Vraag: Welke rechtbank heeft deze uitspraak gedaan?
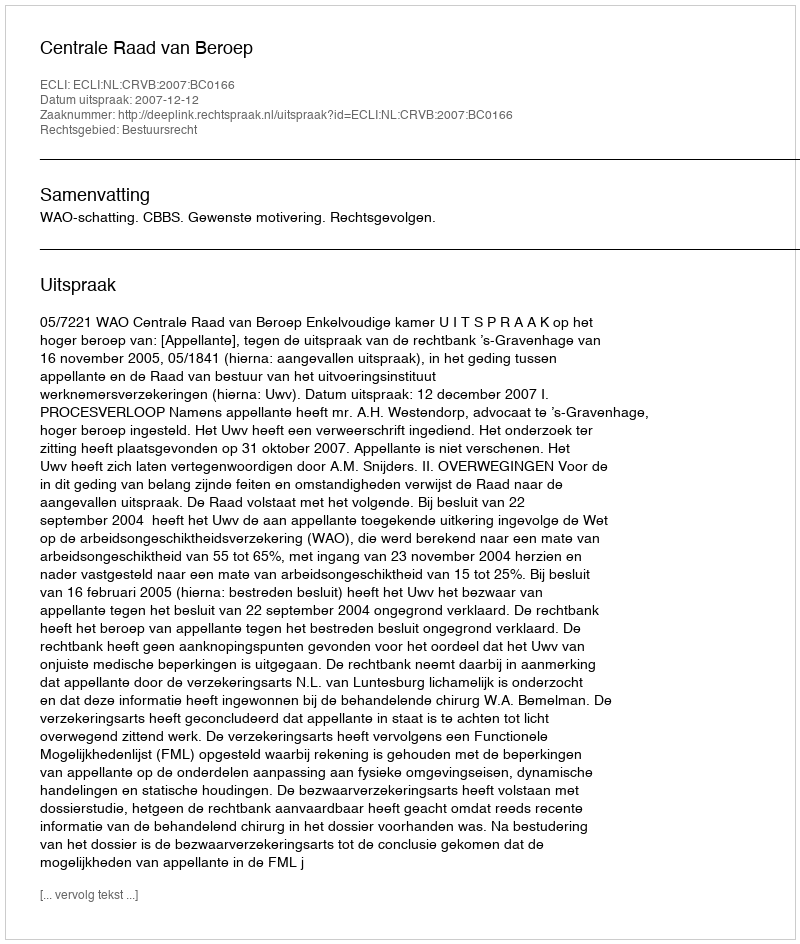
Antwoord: Centrale Raad van Beroep